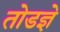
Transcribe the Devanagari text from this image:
तोडज्ञे